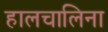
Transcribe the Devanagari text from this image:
हालचालिना